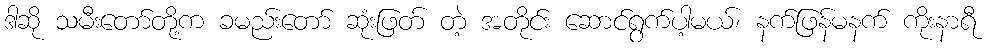
ဒါဆို သမီးတော်တို့က ခမည်းတော် ဆုံးဖြတ် တဲ့ အတိုင်း ဆောင်ရွက်ပါ့မယ်၊ နက်ဖြန်မနက် ကိုးနာရီ